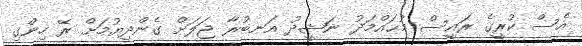
އެސް ކުރީގެ ރައީސް މުޙައްމަދު ނަޝީދު އަނބުރާ ޖަލަށް ގެންދިޔުމަށް ރޭ ހިންގި